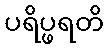
ပရိပ္ဖရတိ